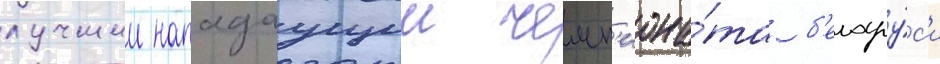
лучшии нападаущии чемп'иона́та б'елару́с'и